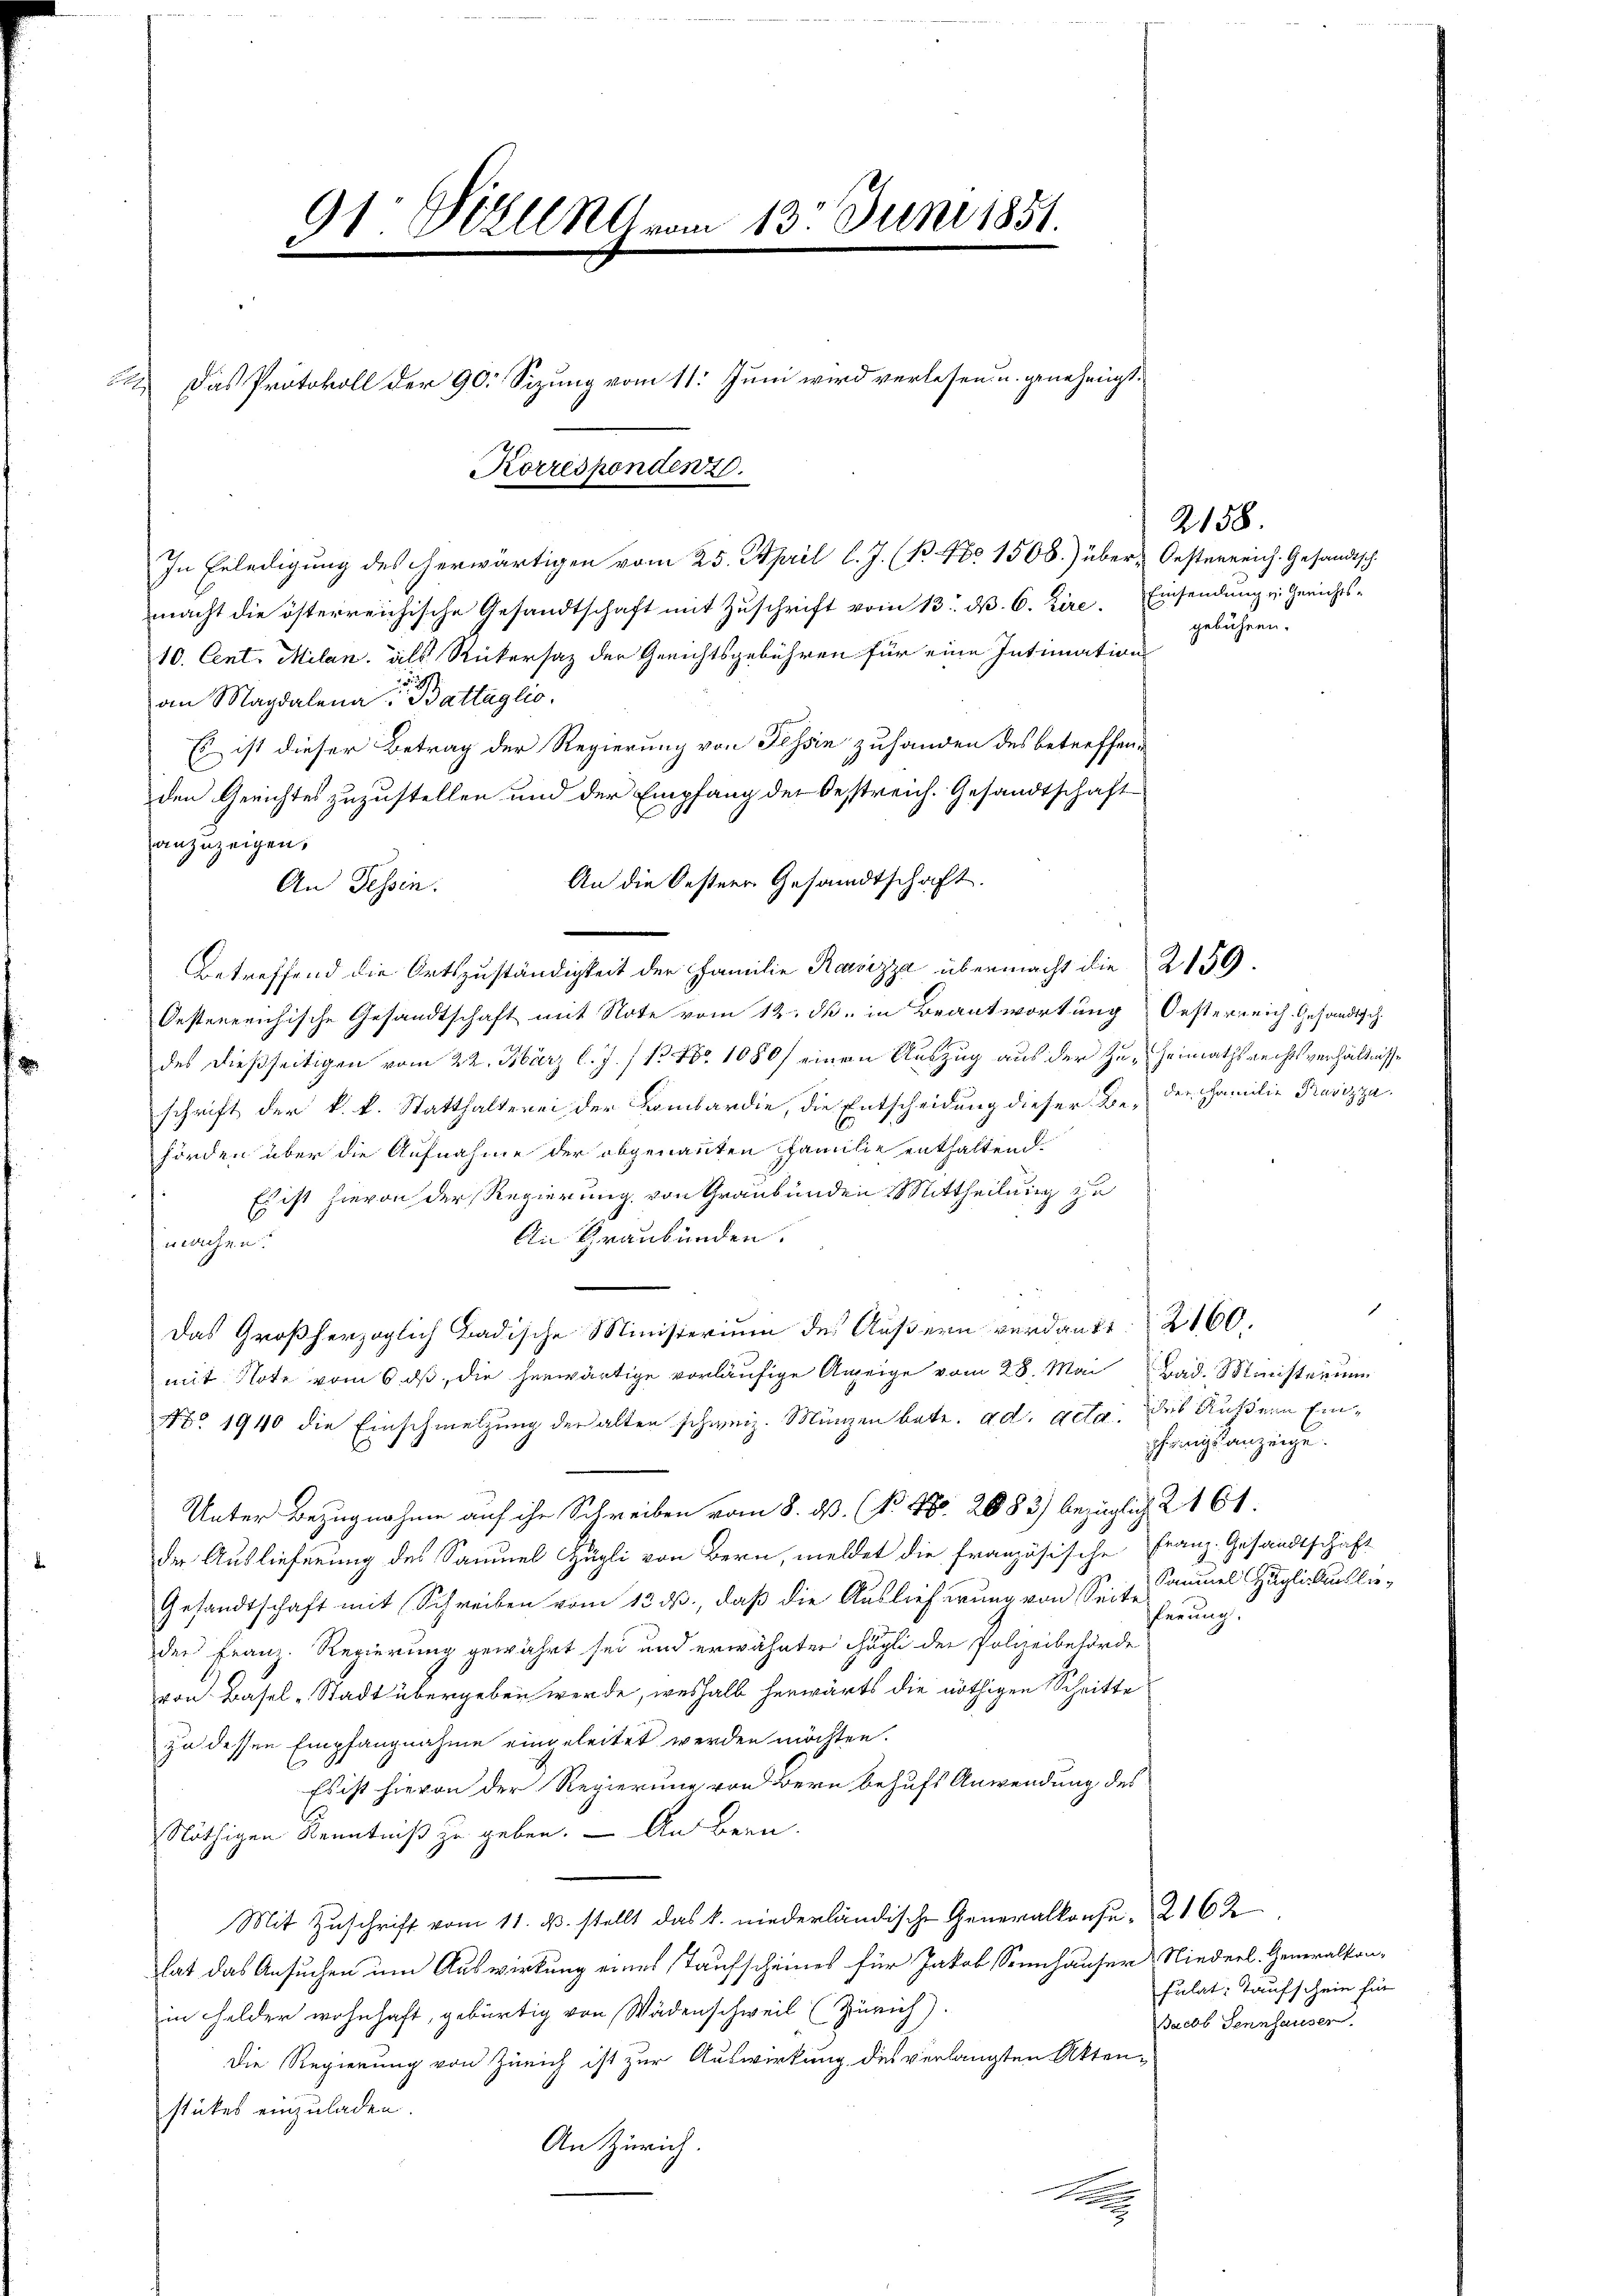
Das Protokoll der 90 Sizung vom 11. Juni wird verlesen u. genehmigt.
Korrespenden 26.

91: Sizung vom 13. Juni 1851.

In Erledigung des herwärtigen vom 25. April l. J. (B. No 1508.) über-Oesterreich. Gesandtsch
macht die österreichische Gesandtschaft mit Zŭschrift vom 13. dβ. 6. Zire. Einsendung v. Gerichts-
10. Cent. Milan, als Rickersaz der Gerichtsgebühren für eine Intimations
9
an Magdalena Battaglio,
& ist dieser Betrag der Regierung von Tessin zuhanden des betreffenden Gerichtes zuzustellen und der Empfang der Oestreich. Gesandtschaft
anzuzeigen,
An die Oestern Gesandtschaft.
An Tessin.
Betreffend die Ortszuständigkeit der Familie Rasizza übermacht die 2159.
Oesterreichische Gesandtschaft mit Note vom 12. d. in Beantwortung Oesterreich Gesandtsch
des dießseitigen vom 22. März l. J. /13 No 1080/ einen Auszug aus der Zu-Heimathsrechtsverhältnisse
schrift der k. k. Statthalterei der Lombardie, die Entscheidung dieser Be- der Familie Pavizza
hörden über die Aufnahme der abgenannten Familie enthaltend.
Es ist hievon der Regierung von Graubünden Mittheilung zu
An Graubünden.
machen.
e
Das Großherzoglich Badische Ministerium des Äußern verdankt. 2160.
mit Note vom 6. ds, die herwärtige vorläufige Anzeige vom 28. Mai Bad. Maisterium
Nro 1940 die Einschmelzung der alten schweiz. Münzen betr. ad acta des Aufdern Ein¬
Unter Bezugnahme auf ihr Schreiben vom 8. dß. (N. Nr. 2083) bezüglich 2 161.
der Auslieferung des Samuel Hügli von Bern, meldet die französische Franz-Gesandtschäft
Gesandtschaft mit Schreiben vom 13. ds., daß die Auslieferung von Seite Sammel Hüglichkurs lie¬
Plerung.
der Franz. Regierung gewährt sei und erwähnten Fägli der Polizeibehörde
von Basel-Stadt übergeben werde, weshalb herwärts die nöthigen Schritte
zu dessen Empfangnahme eingeleitet werden möchten.
Es ist hievon der Regierung von Bern behufs Anwendung des
Nöthigen Kenntniß zu geben. — An Bern.
Mit Zuschrift vom 11. ds. stellt das k. niederländische Generalkonse, 2162
hat das Ansuchen um Auswirkung eines Taufscheines für Jakob Sennhäuser Niederl. Generalkon-
in Felder wohnhaft, gebürtig von Wädenschweil (Zürich).
Die Regierung von Zürich ist zur Auswirkung des verlangten Aktenstückes einzuladen.
An Zürich.

A

2158.
gebühren.

x
franzkanzeige.

fulat, Taufschein für
Bacob Sennhauser